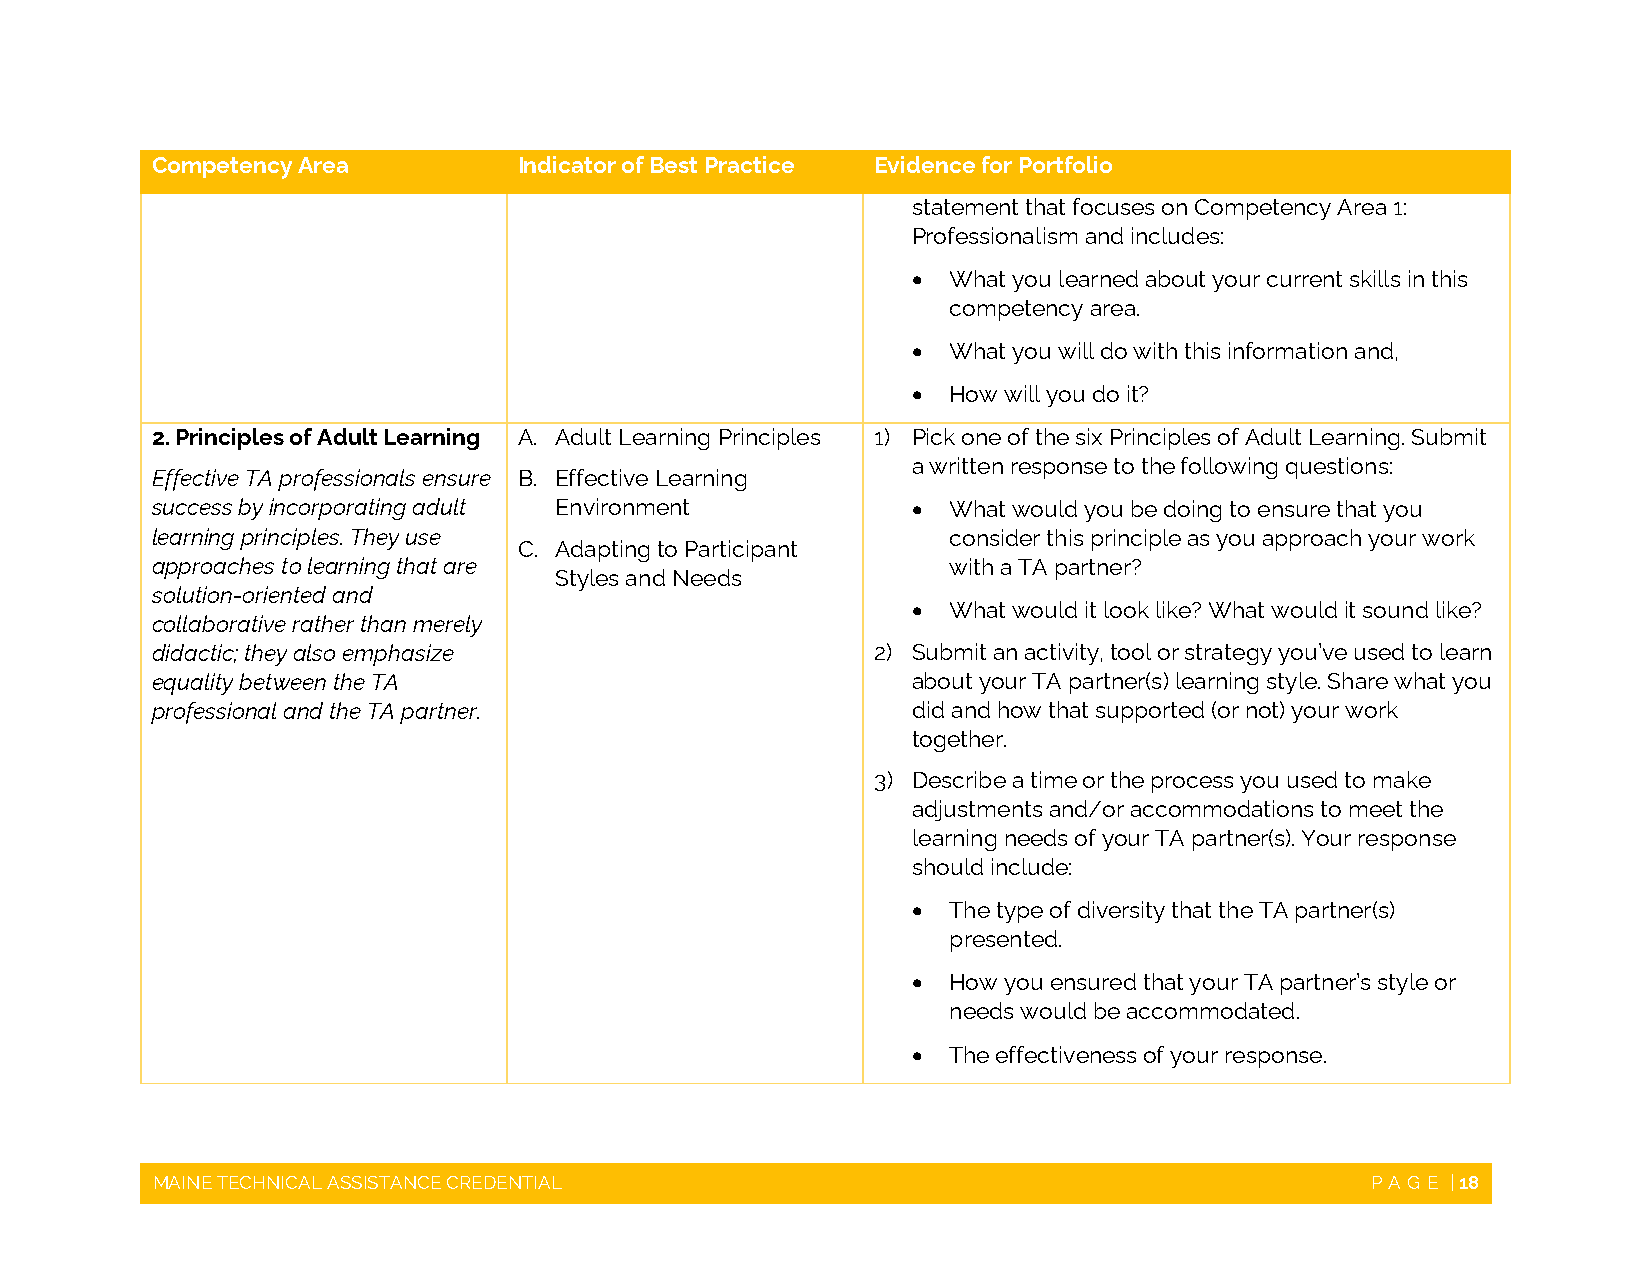
Competency Area         Indicator of Best Practice Evidence for Portfolio
 statement that focuses on Competency Area 1:
 Professionalism and includes:
   What you learned about your current skills in this
 competency area.
   What you will do with this information and,
   How will you do it?
 2. Principles of Adult Learning A. Adult Learning Principles 1) Pick one of the six Principles of Adult Learning. Submit
 a written response to the following questions:
 Effective TA professionals ensure B. Effective Learning
 success by incorporating adult Environment          What would you be doing to ensure that you
 learning principles. They use                        consider this principle as you approach your work
 C. Adapting to Participant
 approaches to learning that are                      with a TA partner?
 Styles and Needs
 solution-oriented and
   What would it look like? What would it sound like?
 collaborative rather than merely
 didactic; they also emphasize                   2) Submit an activity, tool or strategy you’ve used to learn
 equality between the TA                           about your TA partner(s) learning style. Share what you
 professional and the TA partner.                  did and how that supported (or not) your work
 together.
 3) Describe a time or the process you used to make
 adjustments and/or accommodations to meet the
 learning needs of your TA partner(s). Your response
 should include:
   The type of diversity that the TA partner(s)
 presented.
   How you ensured that your TA partner’s style or
 needs would be accommodated.
   The effectiveness of your response.
 MAINE TECHNICAL ASSISTANCE CREDENTIAL                                            PAGE | 18